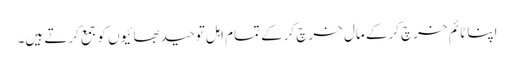
اپنا ٹائم خرچ کرکے مال خرچ کرکے تمام اہل توحید بھائیوں کو جمع کرتے ہیں۔